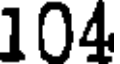
104